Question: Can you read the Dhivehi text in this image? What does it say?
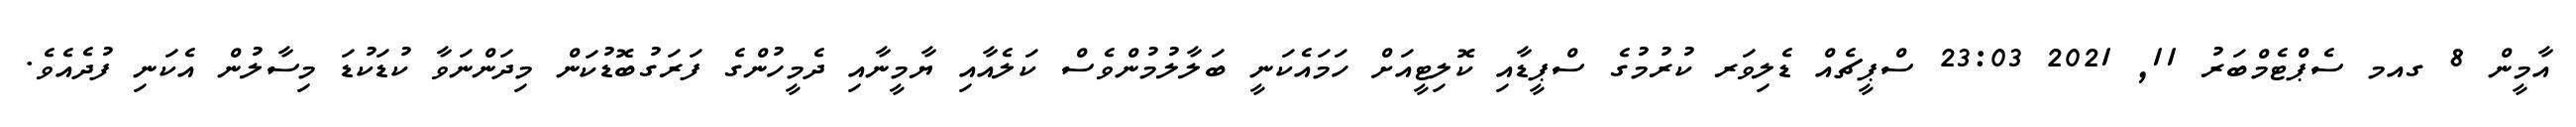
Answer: އާމީން 8 ގއމ ސެޕްޓެމްބަރު 11, 2021 23:03 ސްޕީޗެއް ޑެލިވަރ ކުރުމުގެ ސްޕީޑާއި ކޮލިޓީއަށް ހަމައެކަނީ ބަލާލުމުންވެސް ކަލެއާއި ޔާމީނާއި ދެމީހުންގެ ފަރަގުބޮޑުކަން މިދަންނަވާ ކުޑަކުޑަ މިސާލުން އެކަނި ފުދެއެވެ.